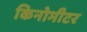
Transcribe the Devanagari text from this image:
किनोमीटर